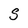
Character: S